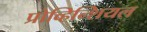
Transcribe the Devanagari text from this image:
प्रोव्हिन्शियल